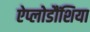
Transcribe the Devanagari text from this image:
ऐप्लोडौंशिया